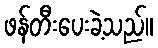
ဖန်တီးပေးခဲ့သည်။